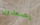
يصعدون